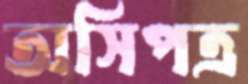
অসিপত্র